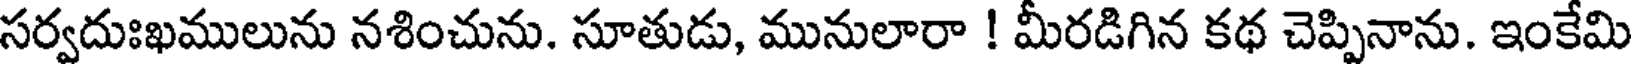
సర్వదుఃఖములును నశించును. సూతుడు, మునులారా ! మీరడిగిన కథ చెప్పినాను. ఇంకేమి